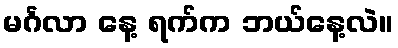
မင်္ဂလာ နေ့ ရက်က ဘယ်နေ့လဲ။